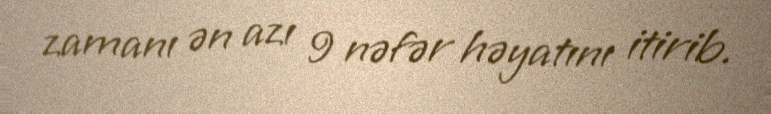
zamanı ən azı 9 nəfər həyatını itirib.